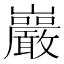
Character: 巖